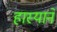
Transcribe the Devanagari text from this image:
हास्याने